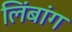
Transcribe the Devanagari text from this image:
लिंबांग